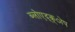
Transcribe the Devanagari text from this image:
ब्लोएद्क्ोप